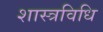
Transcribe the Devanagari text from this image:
शास्त्रविधि